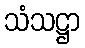
သံသဋ္ဌာ